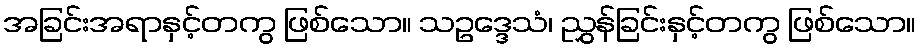
အခြင်းအရာနှင့်တကွ ဖြစ်သော။ သဥဒ္ဒေသံ၊ ညွှန်ခြင်းနှင့်တကွ ဖြစ်သော။